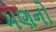
મણનો